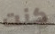
كنت